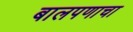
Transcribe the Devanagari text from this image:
बालपणाचा